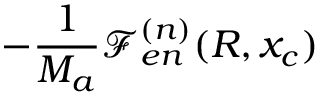
- \frac { 1 } { M _ { a } } \mathcal { F } _ { e n } ^ { ( n ) } ( R , x _ { c } )